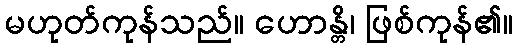
မဟုတ်ကုန်သည်။ ဟောန္တိ၊ ဖြစ်ကုန်၏။